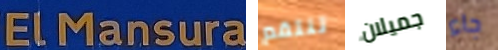
ELMansura تنتقم جميلان جاء